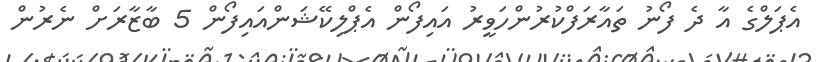
އެޕަލްގެ އާ ދެ ފޯނު ތައާރަފްކުރުންހަވީރު އައިފޯން އެޕްލިކޭޝަންއައިފޯން 5 ބާޒާރަށް ނެރުން